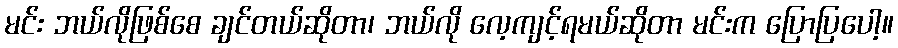
မင်း ဘယ်လိုဖြစ်စေ ချင်တယ်ဆိုတာ၊ ဘယ်လို လေ့ကျင့်ရမယ်ဆိုတာ မင်းက ပြောပြပေါ့။